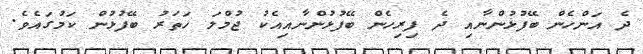
ދެ އަންހެން ބޭފުޅުންނާއި ދެ ފިރިހެން ބޭފުޅުންނާއިއެކު ޖުމްލަ ހަތަރު ބޭފުޅުން ކަމުގައެވެ.